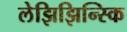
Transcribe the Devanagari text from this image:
लेझिझिन्स्कि